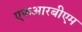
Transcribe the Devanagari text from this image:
एफआरबीएम